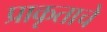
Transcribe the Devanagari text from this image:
प्राकृताचे